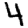
Digit: 4